Report on the lunatic asylums in Bengal - 1862-
Year: 1862
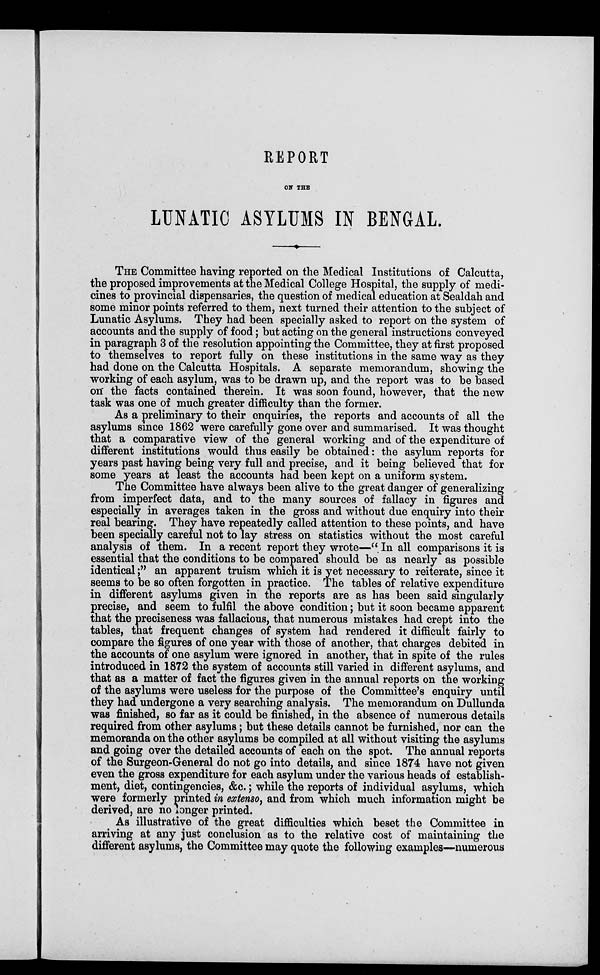
REPORT
ON THE
LUNATIC ASYLUMS IN BENGAL.
THE Committee having reported on the Medical Institutions of Calcutta,
the proposed improvements at the Medical College Hospital, the supply of medi-
cines to provincial dispensaries, the question of medical education at Sealdah and
some minor points referred to them, next turned their attention to the subject of
Lunatic Asylums. They had been specially asked to report on the system of
accounts and the supply of food; but acting on the general instructions conveyed
in paragraph 3 of the resolution appointing the Committee, they at first proposed
to themselves to report fully on these institutions in the same way as they
had done on the Calcutta Hospitals. A separate memorandum, showing the
working of each asylum, was to be drawn up, and the report was to be based
on the facts contained therein. It was soon found, however, that the new
task was one of much greater difficulty than the former.
As a preliminary to their enquiries, the reports and accounts of all the
asylums since 1862 were carefully gone over and summarised. It was thought
that a comparative view of the general working and of the expenditure of
different institutions would thus easily be obtained: the asylum reports for
years past having being very full and precise, and it being believed that for
some years at least the accounts had been kept on a uniform system.
The Committee have always been alive to the great danger of generalizing
from imperfect data, and to the many sources of fallacy in figures and
especially in averages taken in the gross and without due enquiry into their
real bearing. They have repeatedly called attention to these points, and have
been specially careful not to lay stress on statistics without the most careful
analysis of them. In a recent report they wrote—.''In all comparisons it is
essential that the conditions to be compared should be as nearly as possible
identical;" an apparent truism which it is yet necessary to reiterate, since it
seems to be so often forgotten in practice. The tables of relative expenditure
in different asylums given in the reports are as has been said singularly
precise, and seem to fulfil the above condition; but it soon became apparent
that the preciseness was fallacious, that numerous mistakes had crept into the
tables, that frequent changes of system had rendered it difficult fairly to
compare the figures of one year with those of another, that charges debited in
the accounts of one asylum were ignored in another, that in spite of the rules
introduced in 1872 the system of accounts still varied in different asylums, and
that as a matter of fact the figures given in the annual reports on the working
of the asylums were useless for the purpose of the Committee's enquiry until
they had undergone a very searching analysis. The memorandum on Dullunda
was finished, so far as it could be finished., in the absence of numerous details
required from other asylums ; but these details cannot be furnished, nor can the
memoranda on the other asylums be compiled at all without visiting the asylums
and going over the detailed accounts of each on the spot. The annual reports
of the Surgeon-General do not go into details, and since 1874 have not given
even the gross expenditure for each asylum under the various heads of establish-
ment, diet, contingencies, &c.; while the reports of individual asylums, which
were formerly printed in extenso, and from which much information might be
derived, are no longer printed.
As illustrative of the great difficulties which beset the Committee in
arriving at any just conclusion as to the relative cost of maintaining the
different asylums, the Committee may quote the following examples—numerous